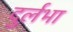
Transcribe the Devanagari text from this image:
दुर्लभा